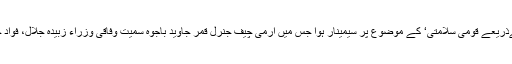
جنرل ہیڈ کوارٹر (جی ایچ کیو) میں ’دفاعی پیداوار اور سیکیورٹی خود انحصاری کےذریعے قومی سلامتی‘ کے موضوع پر سیمینار ہوا جس میں آرمی چیف جنرل قمر جاوید باجوہ سمیت وفاقی وزراء زبیدہ جلال، فواد چوہدری اور وزیراعظم کے مشیر برائے تجارت عبدالرزاق داؤد نے بھی شرکت کی۔